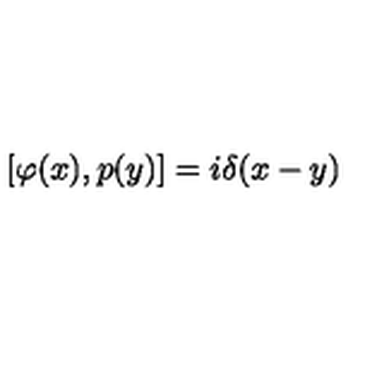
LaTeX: [ \varphi ( x ) , p ( y ) ] = i \delta ( x - y )